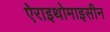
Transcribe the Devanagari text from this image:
ऐराइथोमाइसीन